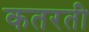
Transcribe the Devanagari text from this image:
कतरती